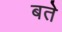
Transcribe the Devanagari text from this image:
बते